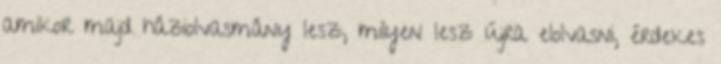
amikor majd háziolvasmány lesz, milyen lesz újra elolvasni, érdekes